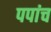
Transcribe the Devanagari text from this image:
पपांच